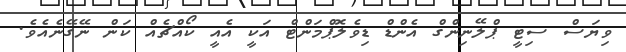
ވިޔަސް ސިޓީ ޕްލޭނިންގް އެންޑް ޑިވެލޮޕްމަންޓް އަކީ އެއީ ކޯއްޗެއް ކަން ނޭގޭނެއެވެ.